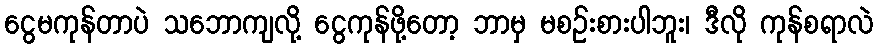
ငွေမကုန်တာပဲ သဘောကျလို့ ငွေကုန်ဖို့တော့ ဘာမှ မစဉ်းစားပါဘူး၊ ဒီလို ကုန်စရာလဲ